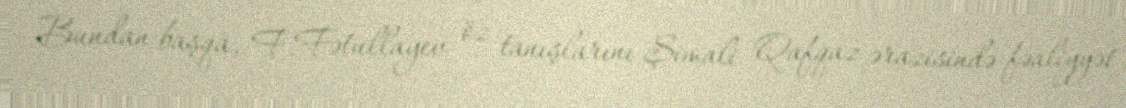
Bundan başqa, F.Fətullayev öz tanışlarını Şimali Qafqaz ərazisində fəaliyyət